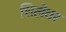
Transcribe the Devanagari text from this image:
शिलेवर